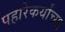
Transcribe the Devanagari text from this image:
पहारेकर्यांच्या